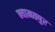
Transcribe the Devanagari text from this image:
न्यामतपुर